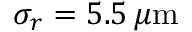
\sigma _ { r } = 5 . 5 \, \mu \mathrm { m }